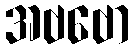
အဗဗော